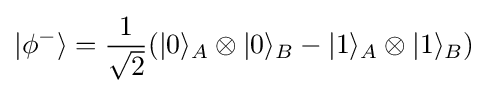
|\phi ^{-}\rangle ={\frac {1}{\sqrt {2}}}(|0\rangle _{A}\otimes |0\rangle _{B}-|1\rangle _{A}\otimes |1\rangle _{B})